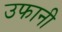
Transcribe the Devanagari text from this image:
उफानी